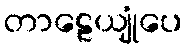
တာဠေယျုံပေ